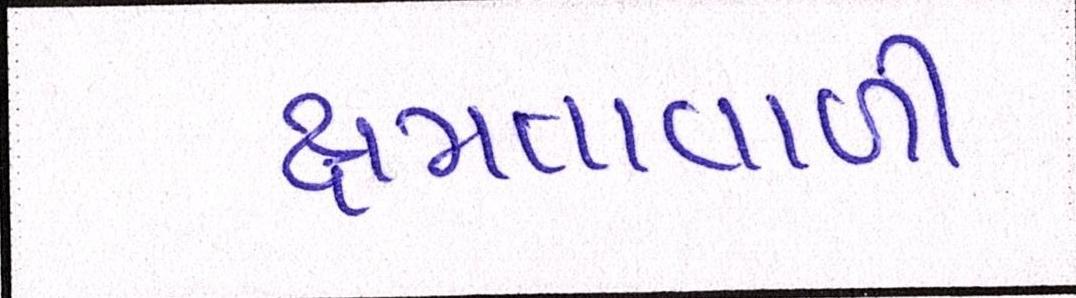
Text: ક્ષમતાવાળી